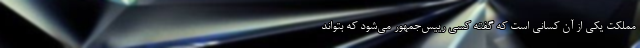
مملکت یکی از آن کسانی است که گفته کسی رییس‌جمهور می‌شود که بتواند